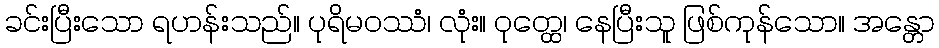
ခင်းပြီးသော ရဟန်းသည်။ ပုရိမဝဿံ၊ လုံး။ ဝုတ္ထေ၊ နေပြီးသူ ဖြစ်ကုန်သော။ အန္တော